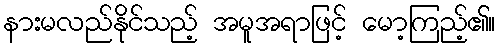
နားမလည်နိုင်သည့် အမူအရာဖြင့် မော့ကြည့်၏။